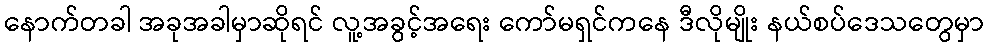
နောက်တခါ အခုအခါမှာဆိုရင် လူ့အခွင့်အရေး ကော်မရှင်ကနေ ဒီလိုမျိုး နယ်စပ်ဒေသတွေမှာ